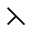
\leftthreetimes